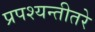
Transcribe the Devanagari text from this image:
प्रपश्यन्तीतरे